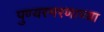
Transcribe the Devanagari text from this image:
पुण्यस्मरणाच्या